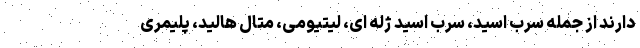
دارند از جمله سرب اسید، سرب اسید ژله ای، لیتیومی، متال هالید، پلیمری